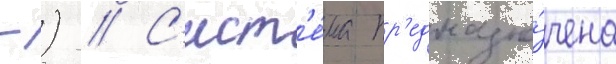
-) // С'ист'е́ма пр'едназна́чена